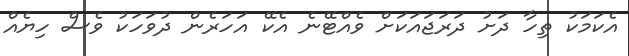
އެކަމަކު ތިހާ ދަށު ދަރަޖައަކަށް ވެއްޓޭނެ އެކޭ އަހަރެން ދުވަހަކު ވެސް ހިޔެއް